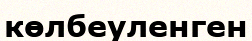
көлбеуленген